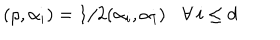
LaTeX: ( \rho , \alpha _ { i } ) = 1 / 2 ( \alpha _ { i } , \alpha _ { i } ) \: \: \: \: \forall \: i \leq d